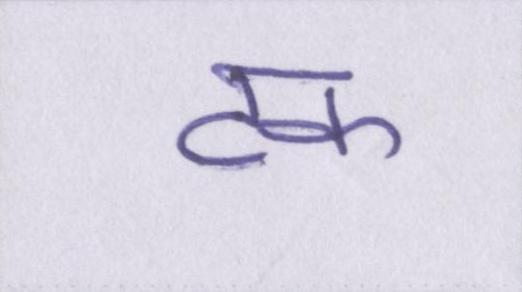
टक